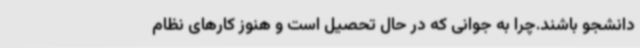
دانشجو باشند.چرا به جوانی که در حال تحصیل است و هنوز کارهای نظام